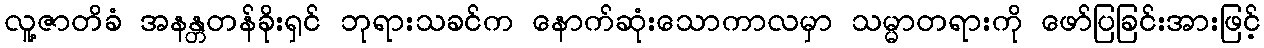
လူ့ဇာတိခံ အနန္တတန်ခိုးရှင် ဘုရားသခင်က နောက်ဆုံးသောကာလမှာ သမ္မာတရားကို ဖော်ပြခြင်းအားဖြင့်